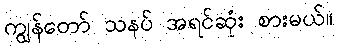
ကျွန်တော် သနပ် အရင်ဆုံး စားမယ်။